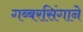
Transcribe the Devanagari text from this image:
गब्बरसिंगाने